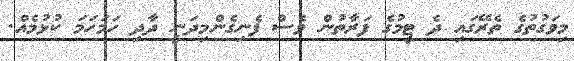
މިވަގުތުގެ ތެރޭގައި ދެ ޓީމުގެ ފަރާތުން ވެސް ފެނިގެންމިދަނީ ދާދި ހަމަހަމަ ކުޅުމެއް.